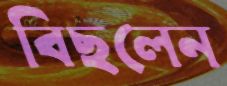
বিছলেন